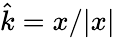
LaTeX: \hat{k}=x/|x|